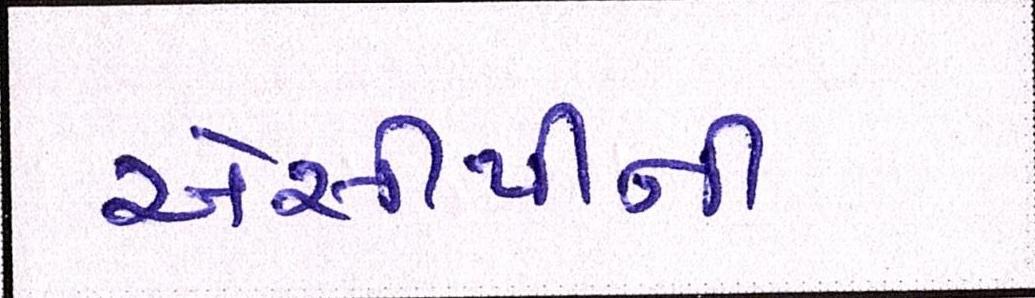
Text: એસીપીની